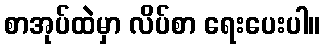
စာအုပ်ထဲမှာ လိပ်စာ ရေးပေးပါ။